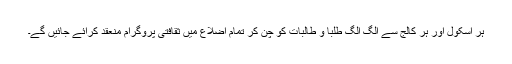
ہر اسکول اور ہر کالج سے الگ الگ طلبا و طالبات کو چن کر تمام اضلاع میں ثقافتی پروگرام منعقد کرائے جائیں گے۔